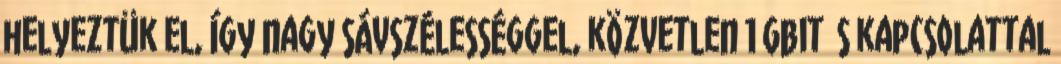
helyeztük el, így nagy sávszélességgel, közvetlen 1 Gbit s kapcsolattal